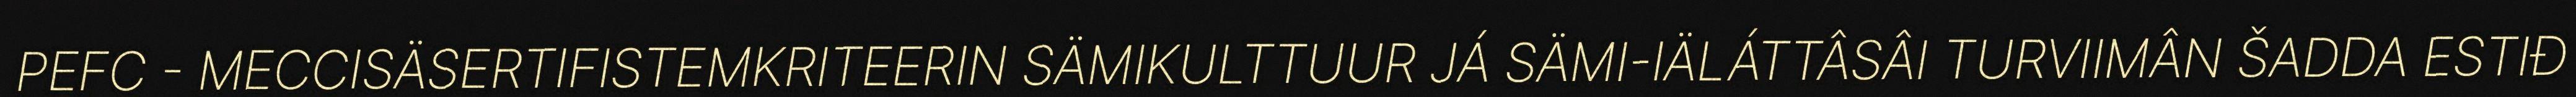
PEFC - MECCISÄSERTIFISTEMKRITEERIN SÄMIKULTTUUR JÁ SÄMI-IÄLÁTTÂSÂI TURVIIMÂN ŠADDA ESTIĐ